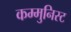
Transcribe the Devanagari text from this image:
कम्मुनिस्ट